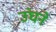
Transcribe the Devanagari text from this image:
उंघने